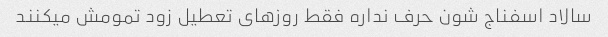
سالاد اسفناج شون حرف نداره فقط روزهای تعطیل زود تمومش میکنند